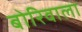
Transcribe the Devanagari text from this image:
बोरिवाला